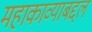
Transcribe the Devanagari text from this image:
महाकाव्याबद्दल